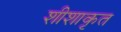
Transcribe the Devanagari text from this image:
शीशाकृत